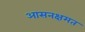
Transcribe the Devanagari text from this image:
आसनक्षमत